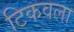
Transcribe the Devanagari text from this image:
टिकवला